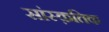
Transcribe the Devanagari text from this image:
सांस्‍क़तिक